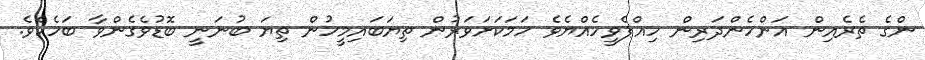
ންގެ ތެރެއިން އަންހެންދަރިން ހިއްޕެވީހެއްޔެވެ ހަމަކަށަވަރުން ތިޔަބައިމީހުން ތިޔަ ބުނަނީ ބޮޑުވެގެންވާ ބަހެކެވެ.